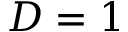
D = 1